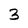
Character: 3